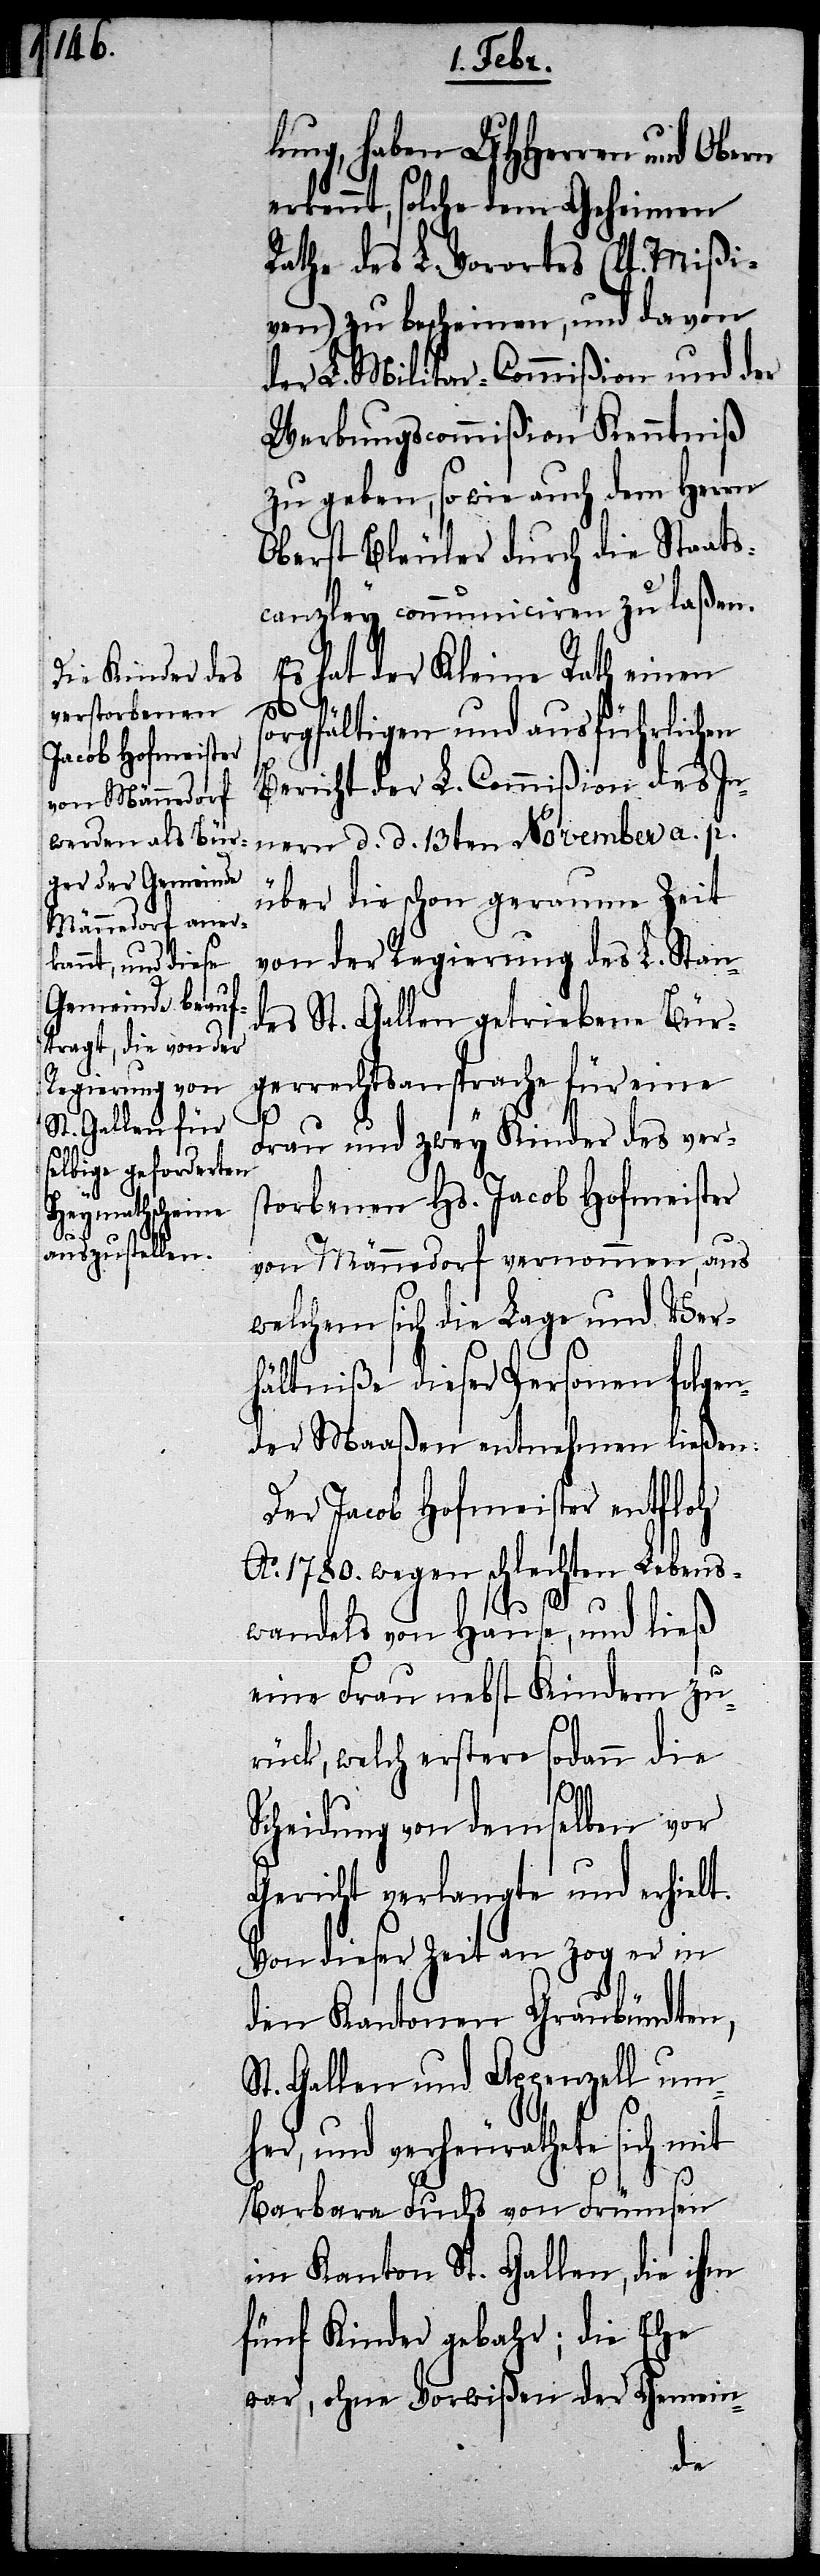
S¬

lung, haben UHHerren und Obern
erkennt, solche dem Geheimen
Rathe des L. Vorortes (lt. Mißi¬
ven) zu bescheinen, und davon
der L. Militar-Commißion und der
Werbungscommißion Kenntniß
zu geben, so wie auch dem Herrn
Oberst Bleuler durch die Staats¬
canzley communiciren zu laßen.
Es hat der Kleine Rath einen
sorgfältigen und ausführlichen
Bericht der L. Commißion des In¬
nern d. d. 13ten November a. p.
über die schon geraume Zeit
von der Regierung des L. Stan¬
des St. Gallen getriebene Bür¬
gerrechtsansprache für eine
Frau und zwey Kinder des vers¬
torbenen Hs. Jacob Hofmeister
von Männedorf vernommen, aus
welchem sich die Lage und Ver¬
hältniße dieser Personen folgen¬
der Maaßen entnehmen ließen:
Der Jacob Hofmeister entfloh
Ao. 1780. wegen schlechten Lebens¬
wandels von Hause, und ließ
eine Frau nebst Kindern zu¬
rück, welch erstere sodann die
Scheidung von demselben vor
Gericht verlangte und erhielt.
Von dieser Zeit an zog er in
den Kantonen Graubündten,
t. Gallen und Appenzell um¬
her, und verheurathete sich mit
Barbara Fuchs von Frümsen
im Kanton St. Gallen, die ihm
fünf Kinder gebahr; die Ehe
war, ohne Vorwißen der Gemein-